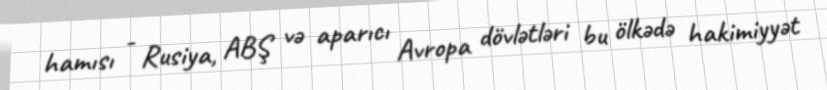
hamısı - Rusiya, ABŞ və aparıcı Avropa dövlətləri bu ölkədə hakimiyyət